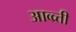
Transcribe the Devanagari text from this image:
आव्व्र्त्ती